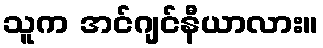
သူက အင်ဂျင်နီယာလား။